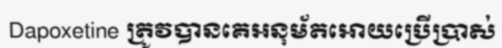
Dapoxetine ត្រូវបានគេអនុម័តអោយប្រើប្រាស់